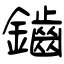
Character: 鑡